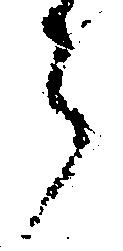
郎